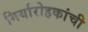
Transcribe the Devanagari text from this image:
गिर्यारोहकांची